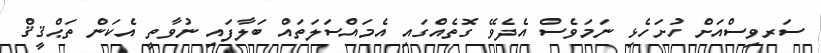
ސަރވިސްއަށް ހުށަހެޅި ނަމަވެސް އެދެވޭ ގޮތެއްގައި އެމައްސަލަތައް ބަލާފައި ނުވާތީ އެކަން ތަޙްޤީޤް